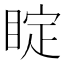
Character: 𥇓